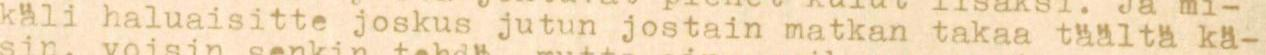
kali haluaisitte joskus jutun jostain matkan takaa täältä kä-